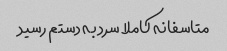
متاسفانه کاملا سرد به دستم رسید